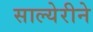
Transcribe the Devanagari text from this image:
साल्येरीने